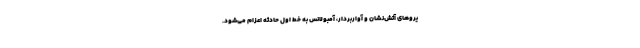
یرو‌های آتش‌نشان و آواربردار، آمبولانس به خط اول حادثه اعزام می‌شود.